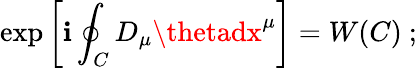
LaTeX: \exp\left[\mathbf{i}\oint_{C}D_{\mu}\thetadx^{\mu}\right]=W(C)~;